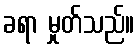
ခရာ မှုတ်သည်။